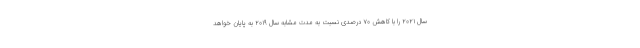
سال ۲۰۲۱ را با کاهش ۷۰ درصدی نسبت به مدت مشابه سال ۲۰۱۹ به پایان خواهد